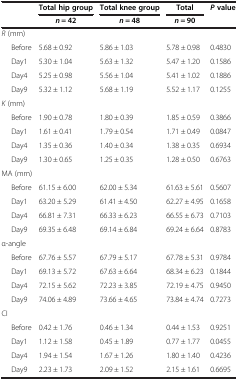
<table><thead><tr><td rowspan="2"><b> </b></td><td><b>Total hip group</b></td><td><b>Total knee group</b></td><td><b>Total</b></td><td rowspan="2"><b><i>P</i>value</b></td></tr><tr><td><b><i>n</i> = 42</b></td><td><b><i>n</i> = 48</b></td><td><b><i>n</i> = 90</b></td></tr></thead><tbody><tr><td><i>R</i> (mm)</td><td> </td><td> </td><td> </td><td> </td></tr><tr><td>Before</td><td>5.68 ± 0.92</td><td>5.86 ± 1.03</td><td>5.78 ± 0.98</td><td>0.4830</td></tr><tr><td>Day1</td><td>5.30 ± 1.04</td><td>5.63 ± 1.32</td><td>5.47 ± 1.20</td><td>0.1586</td></tr><tr><td>Day4</td><td>5.25 ± 0.98</td><td>5.56 ± 1.04</td><td>5.41 ± 1.02</td><td>0.1886</td></tr><tr><td>Day9</td><td>5.32 ± 1.12</td><td>5.68 ± 1.19</td><td>5.52 ± 1.17</td><td>0.1255</td></tr><tr><td><i>K</i> (mm)</td><td> </td><td> </td><td> </td><td> </td></tr><tr><td>Before</td><td>1.90 ± 0.78</td><td>1.80 ± 0.39</td><td>1.85 ± 0.59</td><td>0.3866</td></tr><tr><td>Day1</td><td>1.61 ± 0.41</td><td>1.79 ± 0.54</td><td>1.71 ± 0.49</td><td>0.0847</td></tr><tr><td>Day4</td><td>1.35 ± 0.36</td><td>1.40 ± 0.34</td><td>1.38 ± 0.35</td><td>0.6934</td></tr><tr><td>Day9</td><td>1.30 ± 0.65</td><td>1.25 ± 0.35</td><td>1.28 ± 0.50</td><td>0.6763</td></tr><tr><td>MA (mm)</td><td> </td><td> </td><td> </td><td> </td></tr><tr><td>Before</td><td>61.15 ± 6.00</td><td>62.00 ± 5.34</td><td>61.63 ± 5.61</td><td>0.5607</td></tr><tr><td>Day1</td><td>63.20 ± 5.29</td><td>61.41 ± 4.50</td><td>62.27 ± 4.95</td><td>0.1658</td></tr><tr><td>Day4</td><td>66.81 ± 7.31</td><td>66.33 ± 6.23</td><td>66.55 ± 6.73</td><td>0.7103</td></tr><tr><td>Day9</td><td>69.35 ± 6.48</td><td>69.14 ± 6.84</td><td>69.24 ± 6.64</td><td>0.8783</td></tr><tr><td>α-angle</td><td> </td><td> </td><td> </td><td> </td></tr><tr><td>Before</td><td>67.76 ± 5.57</td><td>67.79 ± 5.17</td><td>67.78 ± 5.31</td><td>0.9784</td></tr><tr><td>Day1</td><td>69.13 ± 5.72</td><td>67.63 ± 6.64</td><td>68.34 ± 6.23</td><td>0.1844</td></tr><tr><td>Day4</td><td>72.15 ± 5.62</td><td>72.23 ± 3.85</td><td>72.19 ± 4.75</td><td>0.9450</td></tr><tr><td>Day9</td><td>74.06 ± 4.89</td><td>73.66 ± 4.65</td><td>73.84 ± 4.74</td><td>0.7273</td></tr><tr><td>CI</td><td> </td><td> </td><td> </td><td> </td></tr><tr><td>Before</td><td>0.42 ± 1.76</td><td>0.46 ± 1.34</td><td>0.44 ± 1.53</td><td>0.9251</td></tr><tr><td>Day1</td><td>1.12 ± 1.58</td><td>0.45 ± 1.89</td><td>0.77 ± 1.77</td><td>0.0455</td></tr><tr><td>Day4</td><td>1.94 ± 1.54</td><td>1.67 ± 1.26</td><td>1.80 ± 1.40</td><td>0.4236</td></tr><tr><td>Day9</td><td>2.23 ± 1.73</td><td>2.09 ± 1.52</td><td>2.15 ± 1.61</td><td>0.6695</td></tr></tbody></table>